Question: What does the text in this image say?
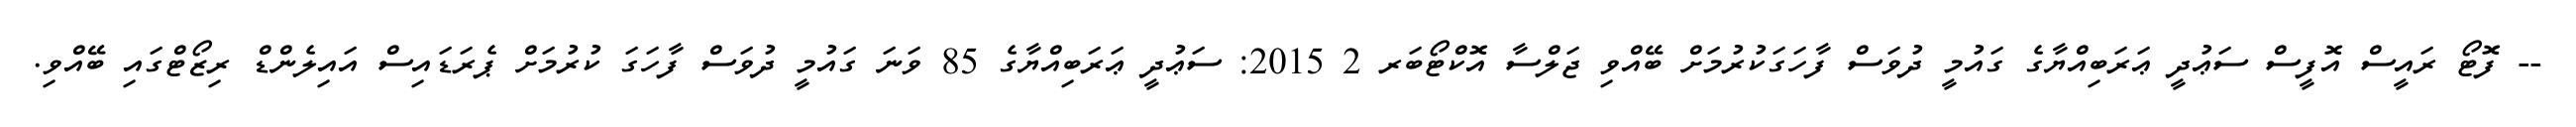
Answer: -- ފޮޓޯ ރައީސް އޮފީސް ސަޢުދީ ޢަރަބިއްޔާގެ ގައުމީ ދުވަސް ފާހަގަކުރުމަށް ބޭއްވި ޖަލްސާ އޮކްޓޯބަރ 2 2015: ސަޢުދީ ޢަރަބިއްޔާގެ 85 ވަނަ ގައުމީ ދުވަސް ފާހަގަ ކުރުމަށް ޕެރަޑައިސް އައިލެންޑް ރިޒޯޓްގައި ބޭއްވި.